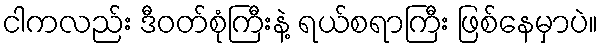
ငါကလည်း ဒီဝတ်စုံကြီးနဲ့ ရယ်စရာကြီး ဖြစ်နေမှာပဲ။